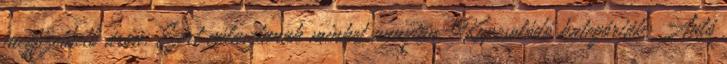
megfizethető áron. Ezért választanak minket annyian. Kapcsolódó kategóriák: Autó